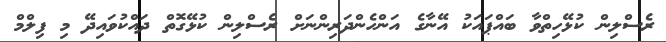
ރެސްލިން ކުޅޭހިތްވާ ބައްޕައަކު އޭނާގެ އަންހެންދަރިންނަށް ރެސްލިން ކުޅޭގޮތް ދައްކުވައިދޭ މި ފިލްމް